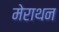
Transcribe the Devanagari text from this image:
मेराथन